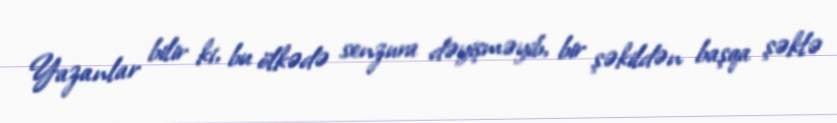
Yazanlar bilir ki, bu ölkədə senzura dəyişməyib, bir şəkildən başqa şəklə